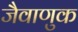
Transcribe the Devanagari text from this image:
जैवाणुक